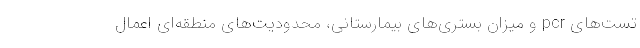
تست‌های pcr و میزان بستری‌های بیمارستانی، محدودیت‌های منطقه‌ای اعمال